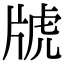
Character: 𤗕